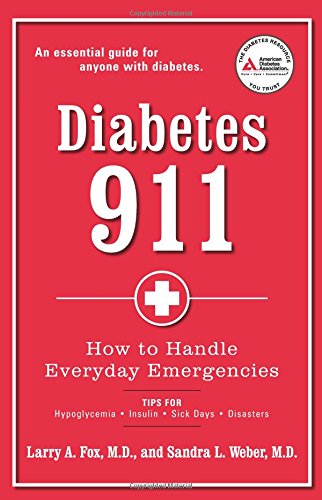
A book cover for Diabetes 911: How to Handle Everyday Emergencies; Larry A. Fox M.D.; Health, Fitness & Dieting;